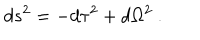
LaTeX: d s ^ { 2 } = - d \tau ^ { 2 } + d \Omega ^ { 2 } \ .